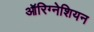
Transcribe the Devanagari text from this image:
ऑरिग्नेशियन